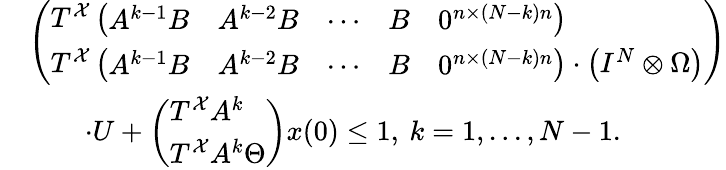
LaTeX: \begin{array}{rl}&{\left(\begin{array}{l}{T^{\mathcal{X}}\left(\begin{array}{lllll}{A^{k-1}B}&{A^{k-2}B}&{\cdots}&{B}&{0^{n\times(N-k)n}}\end{array}\right)}\\ {T^{\mathcal{X}}\left(\begin{array}{lllll}{A^{k-1}B}&{A^{k-2}B}&{\cdots}&{B}&{0^{n\times(N-k)n}}\end{array}\right)\cdot\left(I^{N}\otimes\Omega\right)}\end{array}\right)}\\ &{\quad\quad\cdot U+\left(\begin{array}{l}{T^{\mathcal{X}}A^{k}}\\ {T^{\mathcal{X}}A^{k}\Theta}\end{array}\right)x(0)\leq 1,\: k=1,...,N-1.}\end{array}